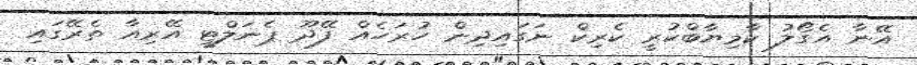
އޭނާ އެގޯލު ކާމިޔާބްކުރީ ކެރިކް ނަގައިދިން ހުރަހެއް ފޭދޫ ޕެނަލްޓީ އޭރިއާ ތެރޭގައި